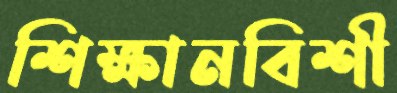
শিক্ষানবিশী